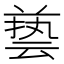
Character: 兿